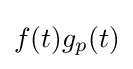
f(t)g_{p}(t)